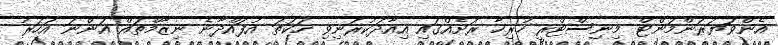
އެންވަޔަރަންމަންޓް މިނިސްޓްރީ ހުރިހާ ރަށެއްގައި އިއާދަކުރަނިވި ހަކަތަ އުފައްދާނެ ނިޒާމްތައް އަންނަ އަހަރު